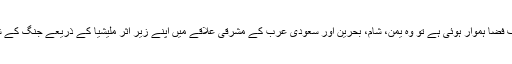
عراق میں اگر ایران کے خلاف فضا ہموار ہوئی ہے تو وہ یمن، شام، بحرین اور سعودی عرب کے مشرقی علاقے میں اپنے زیر اثر ملیشیا کے ذریعے جنگ کے شعلے وہاں منتقل کر چکا ہے۔